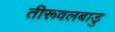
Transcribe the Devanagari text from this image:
तीरूवलबाडु